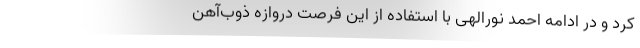
کرد و در ادامه احمد نورالهی با استفاده از این فرصت دروازه ذوب‌آهن